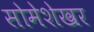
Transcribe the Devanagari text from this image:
सोमेशेखर